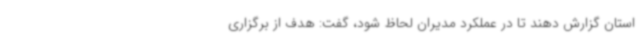
استان گزارش دهند تا در عملکرد مدیران لحاظ شود، گفت: هدف از برگزاری